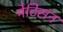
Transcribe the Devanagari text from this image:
मेटिसन